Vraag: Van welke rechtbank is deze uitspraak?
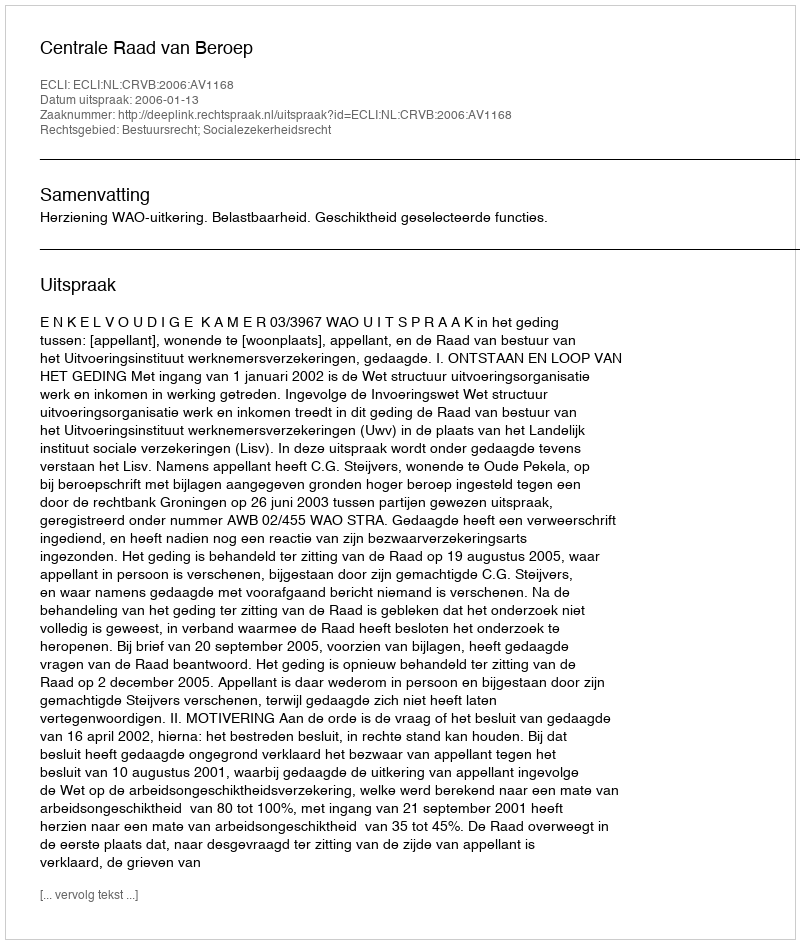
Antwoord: Centrale Raad van Beroep